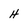
Character: H